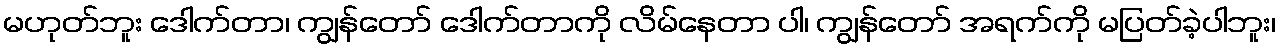
မဟုတ်ဘူး ဒေါက်တာ၊ ကျွန်တော် ဒေါက်တာကို လိမ်နေတာ ပါ၊ ကျွန်တော် အရက်ကို မပြတ်ခဲ့ပါဘူး၊